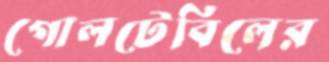
গোলটেবিলের